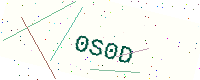
Text: 0S0D